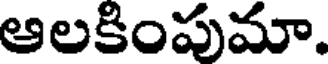
ఆలకింపుమా.